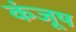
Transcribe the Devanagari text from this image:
कंजूष